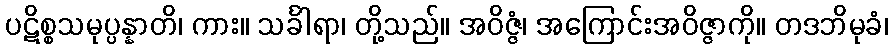
ပဋိစ္စသမုပ္ပန္နာတိ၊ ကား။ သင်္ခါရာ၊ တို့သည်။ အဝိဇ္ဇံ၊ အကြောင်းအဝိဇ္ဇာကို။ တဒဘိမုခံ၊